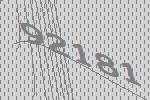
92181